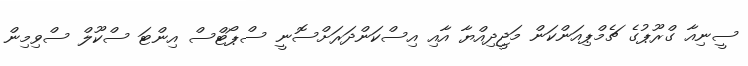
ސީނިއާ ގްރޫޕުގެ ޗެމްޕިއަންކަން މަޖީދިއްޔާ އާއި އިސްކަންދަރަށްސޮނީ ސްޕޯޓްސް އިންޓަ ސްކޫލް ސްވިމިން